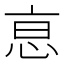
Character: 恴